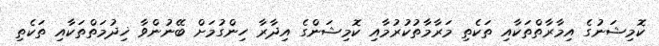
ކޮމިޝަނުގެ އިމާރާތްތަކާއި ތަކެތި މަރާމާތުކުރުމާއި ކޮމިޝަންގެ އިދާރާ ހިންގުމަށް ބޭނުންވާ ޚިދުމަތްތަކާއި ތަކެތި